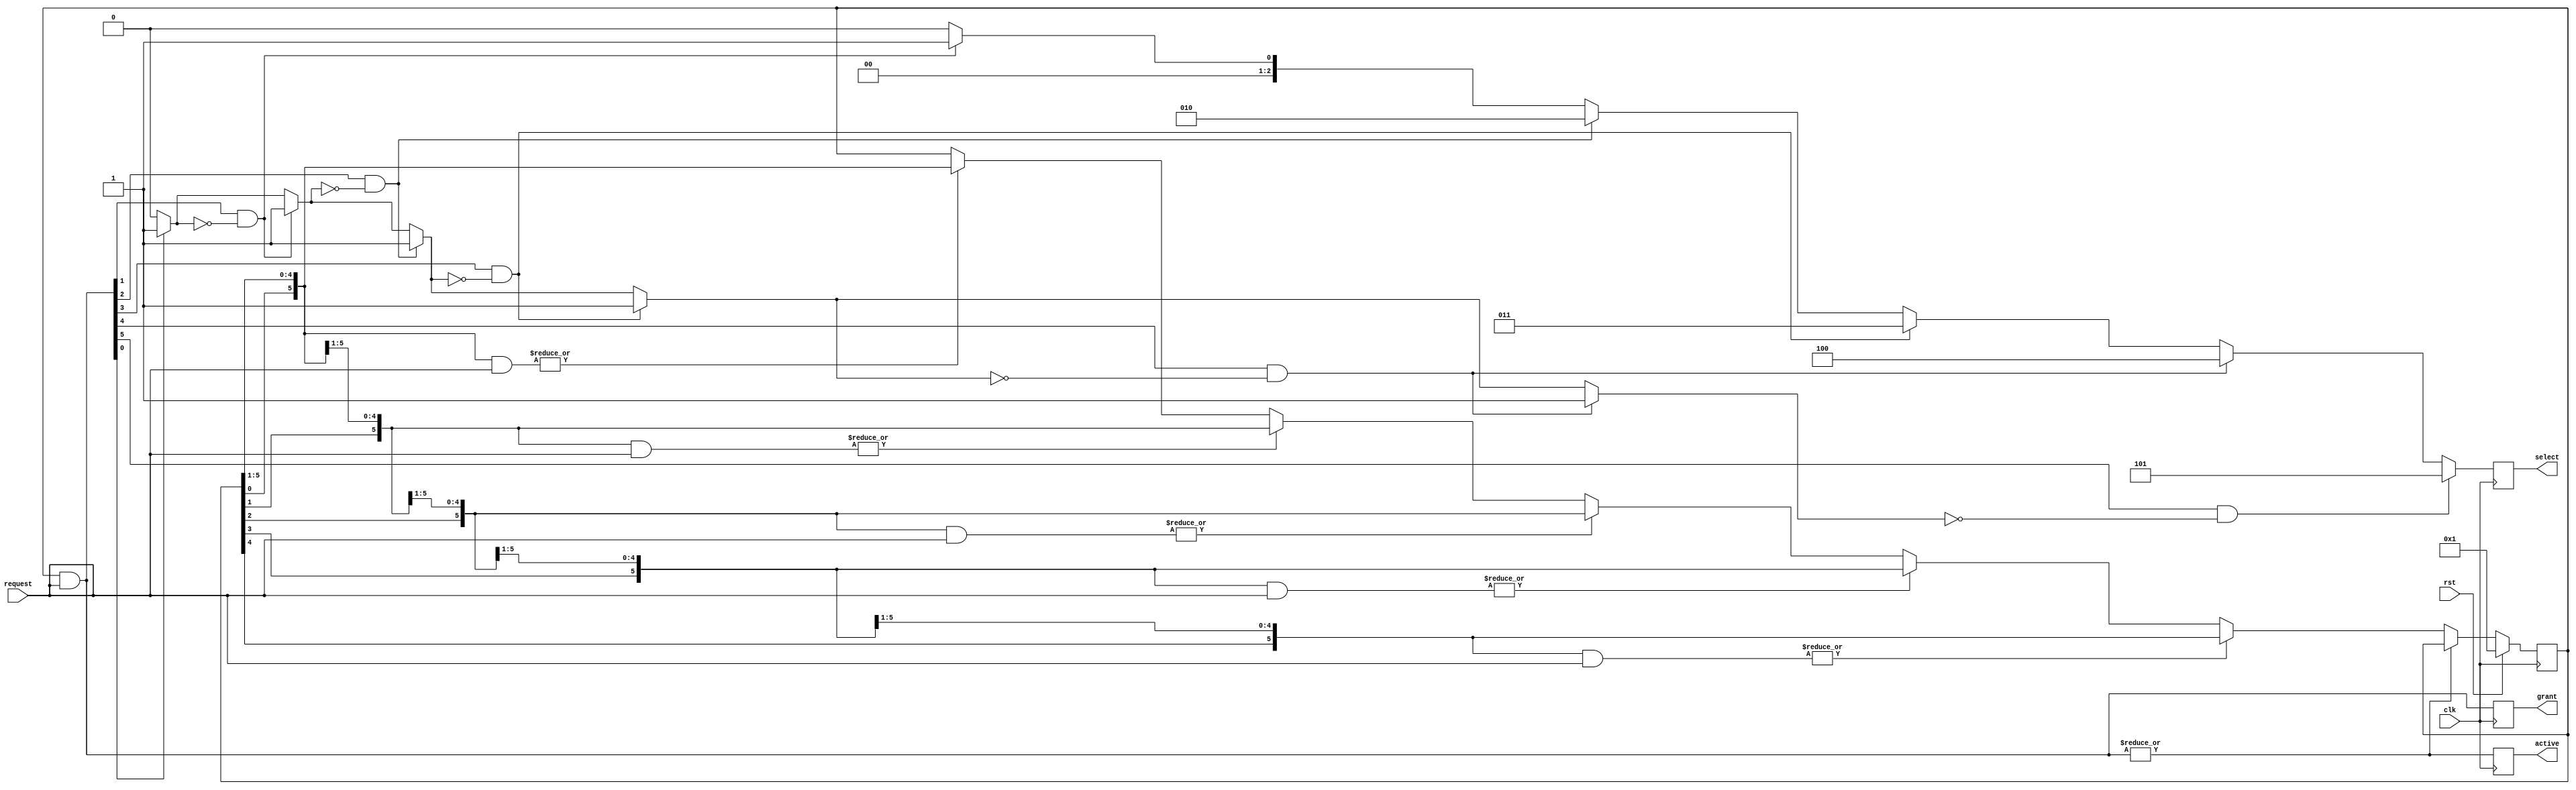
/**
 * Module: arbiter
 *
 * Description:
 *  A look ahead, round-robing parameterized arbiter.
 *
 * <> request
 *  each bit is controlled by an actor and each actor can 'request' ownership
 *  of the shared resource by bring high its request bit.
 *
 * <> grant
 *  when an actor has been given ownership of shared resource its 'grant' bit
 *  is driven high
 *
 * <> select
 *  binary representation of the grant signal (optional use)
 *
 * <> active
 *  is brought high by the arbiter when (any) actor has been given ownership
 *  of shared resource.
 *
 *
 *
 */
`ifndef _arbiter_ `define _arbiter_


module arbiter
  #(parameter
    NUM_PORTS = 6,
    SEL_WIDTH = ((NUM_PORTS > 1) ? $clog2(NUM_PORTS) : 1))
   (
`ifdef USE_POWER_PINS
  inout vccd1,	// User area 1 1.8V supply
  inout vssd1,	// User area 1 digital ground
`endif
    input                       clk,
    input                       rst,
    input      [NUM_PORTS-1:0]  request,
    output reg [NUM_PORTS-1:0]  grant,
    output reg [SEL_WIDTH-1:0]  select,
    output reg                  active
);

    /**
     * Local parameters
     */

    localparam WRAP_LENGTH = 2*NUM_PORTS;


    // Find First 1 - Start from MSB and count downwards, returns 0 when no
    // bit set
    function [SEL_WIDTH-1:0] ff1 (
        input [NUM_PORTS-1:0] in
    );
        reg     set;
        integer i;

        begin
            set = 1'b0;
            ff1 = 'b0;

            for (i = 0; i < NUM_PORTS; i = i + 1) begin
                if (in[i] & ~set) begin
                    set = 1'b1;
                    ff1 = i[0 +: SEL_WIDTH];
                end
            end
        end
    endfunction


`ifdef VERBOSE
    initial $display("Bus arbiter with %d units", NUM_PORTS);
`endif


    /**
     * Internal signals
     */

    integer                 yy;

    wire                    next;
    wire [NUM_PORTS-1:0]    order;

    reg  [NUM_PORTS-1:0]    token;
    wire [NUM_PORTS-1:0]    token_lookahead [NUM_PORTS-1:0];
    wire [WRAP_LENGTH-1:0]  token_wrap;


    /**
     * Implementation
     */

    assign token_wrap   = {token, token};

    assign next         = ~|(token & request);


    always @(posedge clk)
        grant <= token & request;


    always @(posedge clk)
        select <= ff1(token & request);


    always @(posedge clk)
        active <= |(token & request);


    always @(posedge clk)
        if (rst) token <= 'b1;
        else if (next) begin

            for (yy = 0; yy < NUM_PORTS; yy = yy + 1) begin : TOKEN_

                if (order[yy]) begin
                    token <= token_lookahead[yy];
                end
            end
        end


    genvar xx;
    generate
        for (xx = 0; xx < NUM_PORTS; xx = xx + 1) begin : ORDER_

            assign token_lookahead[xx]  = token_wrap[xx +: NUM_PORTS];

            assign order[xx]            = |(token_lookahead[xx] & request);

        end
    endgenerate


endmodule

`endif //  `ifndef _arbiter_